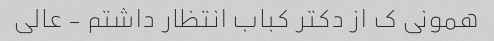
همونی ک از دکتر کباب انتظار داشتم - عالی